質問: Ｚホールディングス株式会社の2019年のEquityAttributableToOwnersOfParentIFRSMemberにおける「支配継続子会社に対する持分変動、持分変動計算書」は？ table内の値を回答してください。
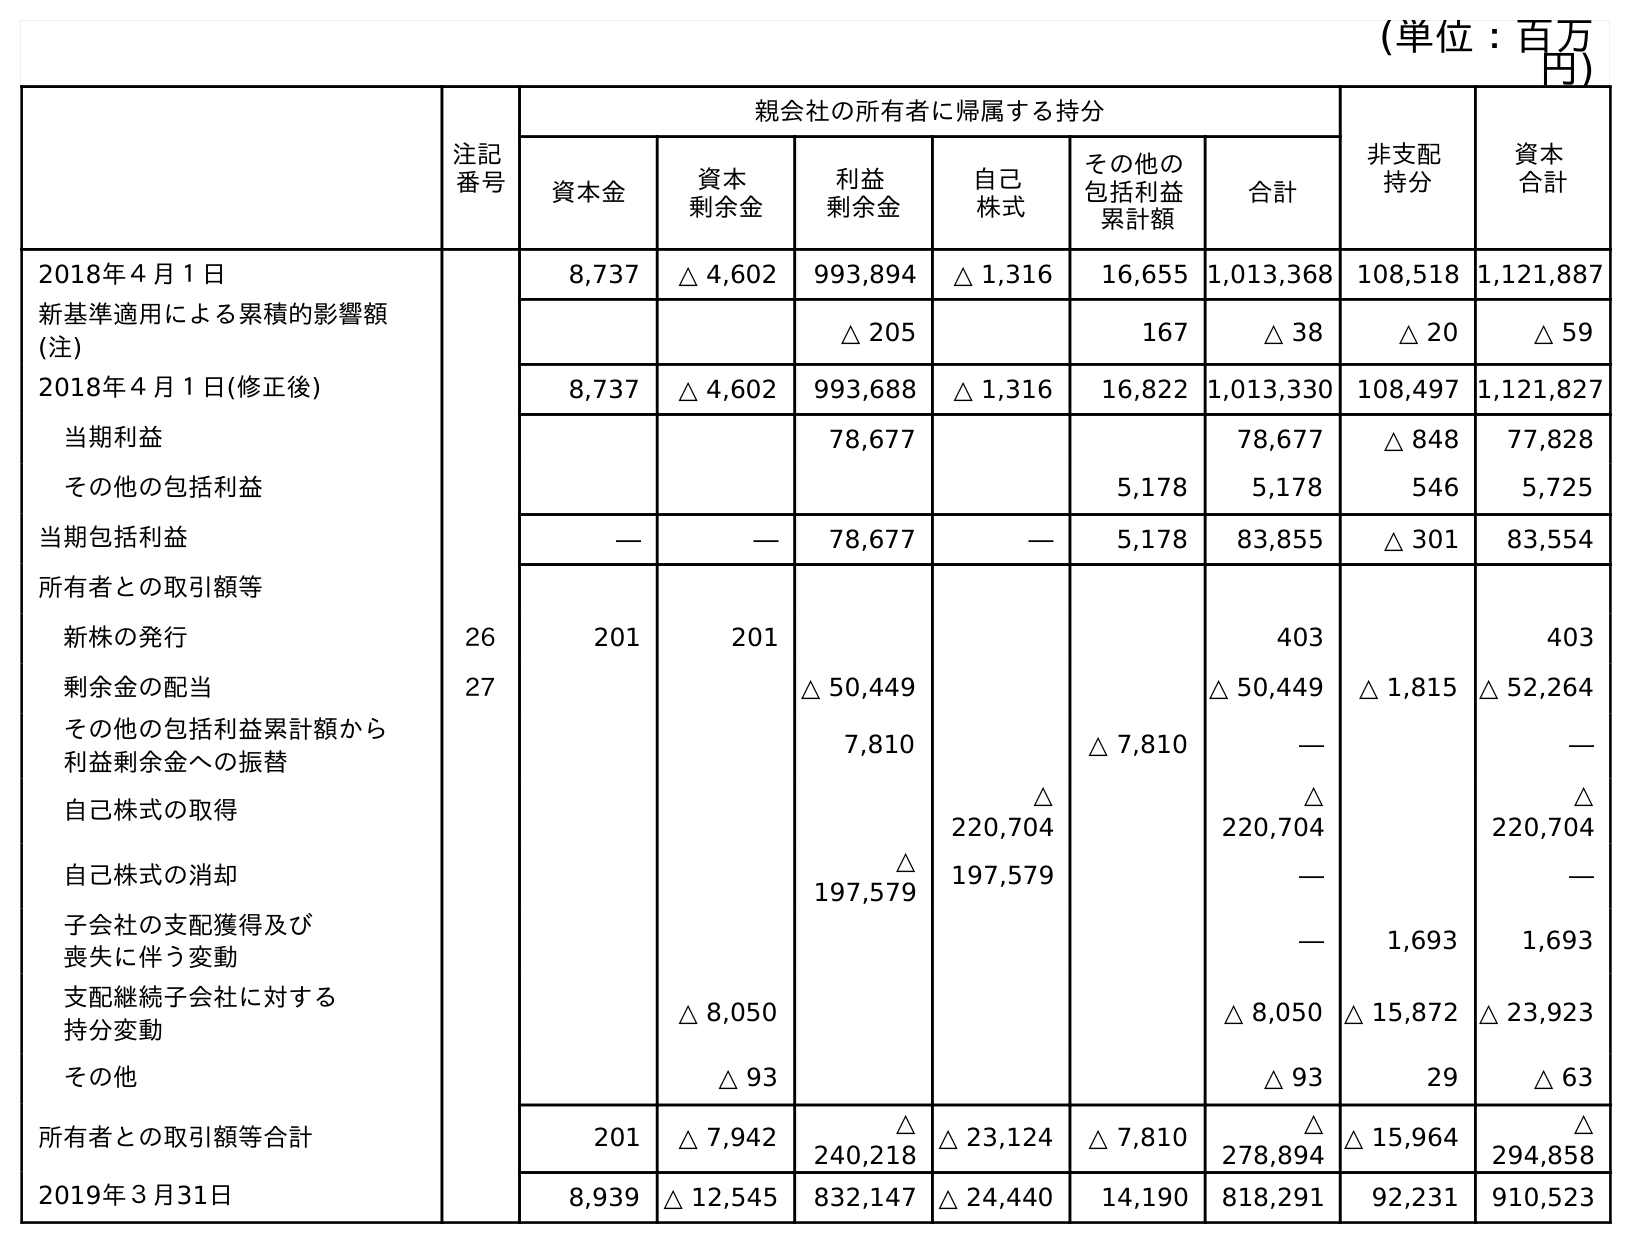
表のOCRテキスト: (単位：百万 円) 注記 番号 親会社の所有者に帰属する持分 非支配 持分 資本 合計 資本金 資本 剰余金 利益 剰余金 自己 株式 その他の 包括利益 累計額 合計 2018年４月１日 8,737 △ 4,602 993,894 △ 1,316 16,655 1,013,368 108,518 1,121,887 新基準適用による累積的影響額 (注) △ 205 167 △ 38 △ 20 △ 59 2018年４月１日(修正後) 8,737 △ 4,602 993,688 △ 1,316 16,822 1,013,330 108,497 1,121,827 当期利益 78,677 78,677 △ 848 77,828 その他の包括利益 5,178 5,178 546 5,725 当期包括利益 ― ― 78,677 ― 5,178 83,855 △ 301 83,554 所有者との取引額等 新株の発行 26 201 201 403 403 剰余金の配当 27 △ 50,449 △ 50,449 △ 1,815 △ 52,264 その他の包括利益累計額から 利益剰余金への振替 7,810 △ 7,810 ― ― 自己株式の取得 △ 220,704 △ 220,704 △ 220,704 自己株式の消却 △ 197,579 197,579 ― ― 子会社の支配獲得及び 喪失に伴う変動 ― 1,693 1,693 支配継続子会社に対する 持分変動 △ 8,050 △ 8,050 △ 15,872 △ 23,923 その他 △ 93 △ 93 29 △ 63 所有者との取引額等合計 201 △ 7,942 △ 240,218 △ 23,124 △ 7,810 △ 278,894 △ 15,964 △ 294,858 2019年３月31日 8,939 △ 12,545 832,147 △ 24,440 14,190 818,291 92,231 910,523
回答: △8,050